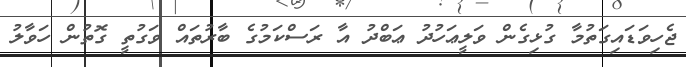
ޖެހިވަޑައިގަތުމާ ގުޅިގެން ވަލީޢަހުދު ޢަބްދު އާ ރަސްކަމުގެ ބާރުތައް ވަގުތީ ގޮތުން ހަވާލު